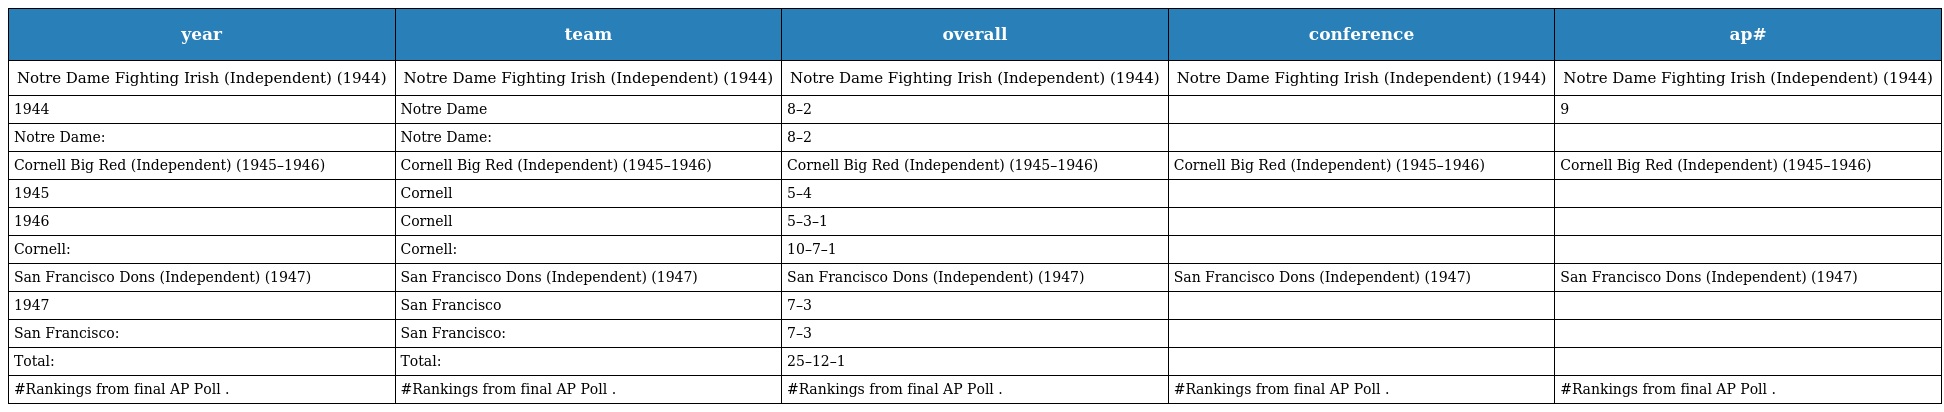
| year | team | overall | conference | ap# |
 | --- | --- | --- | --- | --- |
 | Notre Dame Fighting Irish (Independent) (1944) | Notre Dame Fighting Irish (Independent) (1944) | Notre Dame Fighting Irish (Independent) (1944) | Notre Dame Fighting Irish (Independent) (1944) | Notre Dame Fighting Irish (Independent) (1944) |
 | 1944 | Notre Dame | 8–2 |  | 9 |
 | Notre Dame: | Notre Dame: | 8–2 |  |  |
 | Cornell Big Red (Independent) (1945–1946) | Cornell Big Red (Independent) (1945–1946) | Cornell Big Red (Independent) (1945–1946) | Cornell Big Red (Independent) (1945–1946) | Cornell Big Red (Independent) (1945–1946) |
 | 1945 | Cornell | 5–4 |  |  |
 | 1946 | Cornell | 5–3–1 |  |  |
 | Cornell: | Cornell: | 10–7–1 |  |  |
 | San Francisco Dons (Independent) (1947) | San Francisco Dons (Independent) (1947) | San Francisco Dons (Independent) (1947) | San Francisco Dons (Independent) (1947) | San Francisco Dons (Independent) (1947) |
 | 1947 | San Francisco | 7–3 |  |  |
 | San Francisco: | San Francisco: | 7–3 |  |  |
 | Total: | Total: | 25–12–1 |  |  |
 | #Rankings from final AP Poll . | #Rankings from final AP Poll . | #Rankings from final AP Poll . | #Rankings from final AP Poll . | #Rankings from final AP Poll . |